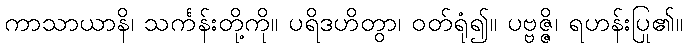
ကာသာယာနိ၊ သင်္ကန်းတို့ကို။ ပရိဒဟိတွာ၊ ဝတ်ရုံ၍။ ပဗ္ဗဇ္ဇိ၊ ရဟန်းပြု၏။